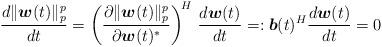
LaTeX: \begin{align*}\frac{d\|\boldsymbol{w}(t)\|_p^p}{dt}=\left(\frac{\partial \|\boldsymbol{w}(t)\|_p^p}{\partial \boldsymbol{w}(t)^\ast}\right)^{\!H}\,\frac{d\boldsymbol{w}(t)}{dt}=:\boldsymbol{b}(t)^H\frac{d\boldsymbol{w}(t)}{dt}=0\end{align*}